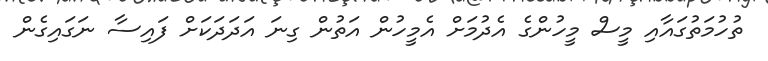
ތުހުމަތުގައާއި މީސް މީހުންގެ އެދުމަށް އެމީހުން އަތުން ގިނަ އަދަދަކަށް ފައިސާ ނަގައިގެން